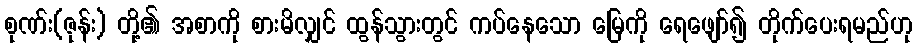
စုဏ်း(ဇုန်း) တို့၏ အစာကို စားမိလျှင် ထွန်သွားတွင် ကပ်နေသော မြေကို ရေဖျော်၍ တိုက်ပေးရမည်ဟု